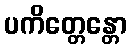
ပကိတ္တေန္တော